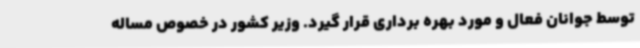
توسط جوانان فعال و مورد بهره برداری قرار گیرد. وزیر کشور در خصوص مساله